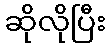
ဆိုလိုပြီး